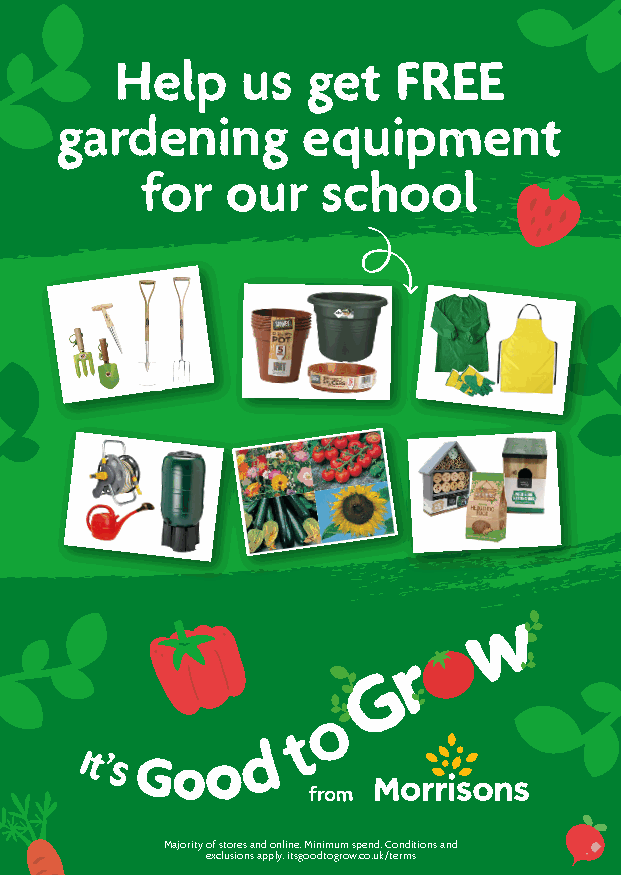
Help    us  get   FREE
 gardening       equipment
 for   our   school
 from
 Majority of stores and online. Minimum spend. Conditions and
 exclusions apply. itsgoodtogrow.co.uk/terms